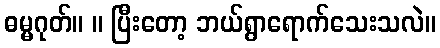
ဓမ္မဂုတ်။ ။ ပြီးတော့ ဘယ်ရွာရောက်သေးသလဲ။